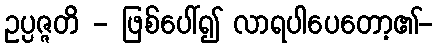
ဥပ္ပဇ္ဇတိ - ဖြစ်ပေါ်၍ လာရပါပေတော့၏-